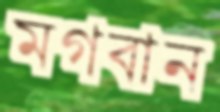
মগবান